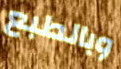
وبالطبع